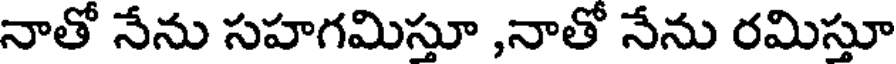
నాతో నేను సహగమిస్తూ ,నాతో నేను రమిస్తూ